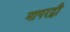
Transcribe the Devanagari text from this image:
मापरट्वी